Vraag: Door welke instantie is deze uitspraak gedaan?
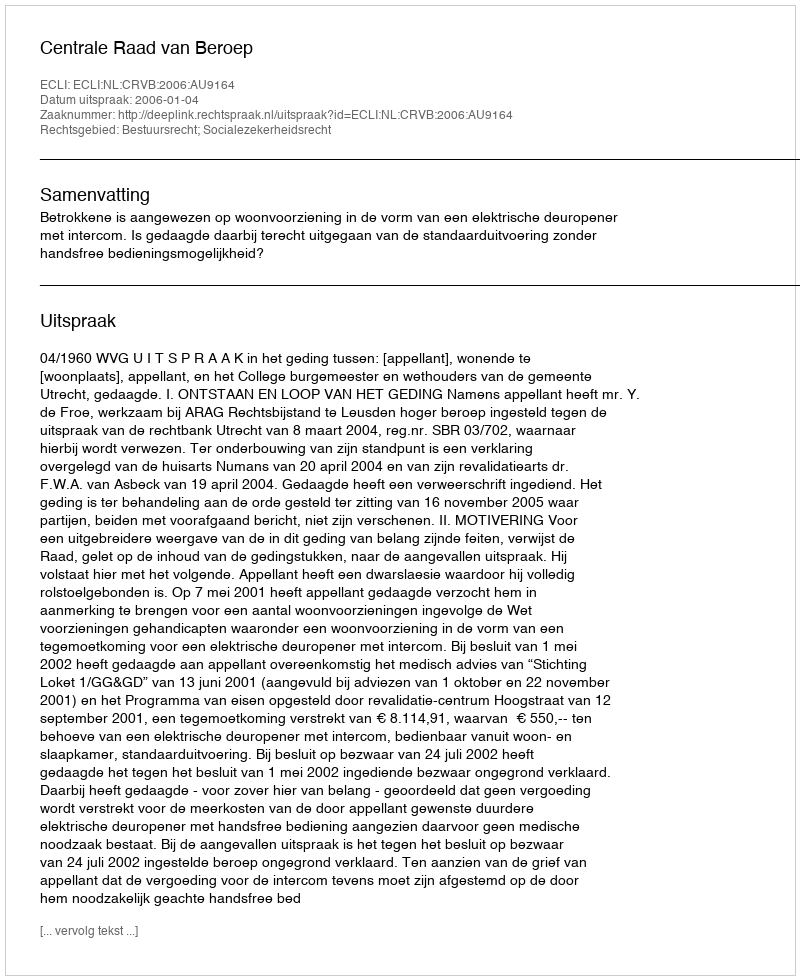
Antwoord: Centrale Raad van Beroep